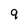
Character: 9